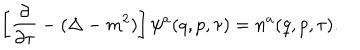
\left[ \frac { \partial } { \partial \tau } - ( \Delta - m ^ { 2 } ) \right] \psi ^ { a } ( q , p , \tau ) = n ^ { a } ( q , p , \tau ) .